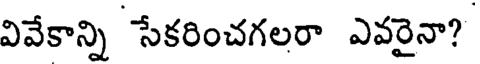
వివేకాన్ని సేకరించగలరా ఎవరైనా?